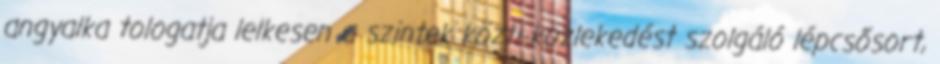
angyalka tologatja lelkesen a szintek közti közlekedést szolgáló lépcsősort,